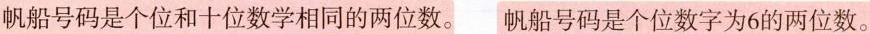
帆船号码是个位和十位数学相同的两位数。 帆船号码是个位数字为6的两位数。